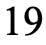
19